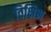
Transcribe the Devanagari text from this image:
विक्षिभ